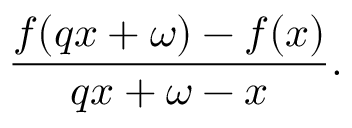
{ \frac { f ( q x + \omega ) - f ( x ) } { q x + \omega - x } } .